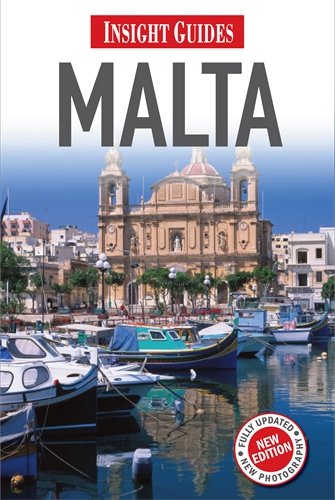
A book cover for Insight Guide Malta (Insight Guides); Jo Caruana; Travel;